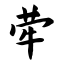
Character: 荦